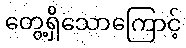
တွေ့ရှိသောကြောင့်